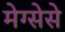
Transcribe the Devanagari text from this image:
मेग्सेसे